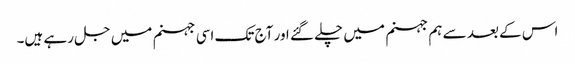
اس کے بعد سے ہم جہنم میں چلے گئے اور آج تک اسی جہنم میں جل رہے ہیں۔